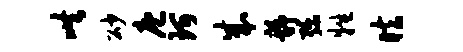
哄砂庖珂成静弥牲眩